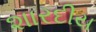
શારદીય